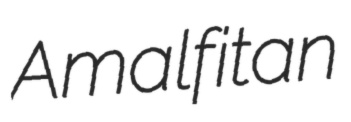
Amalfitan